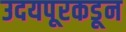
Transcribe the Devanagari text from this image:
उदयपूरकडून